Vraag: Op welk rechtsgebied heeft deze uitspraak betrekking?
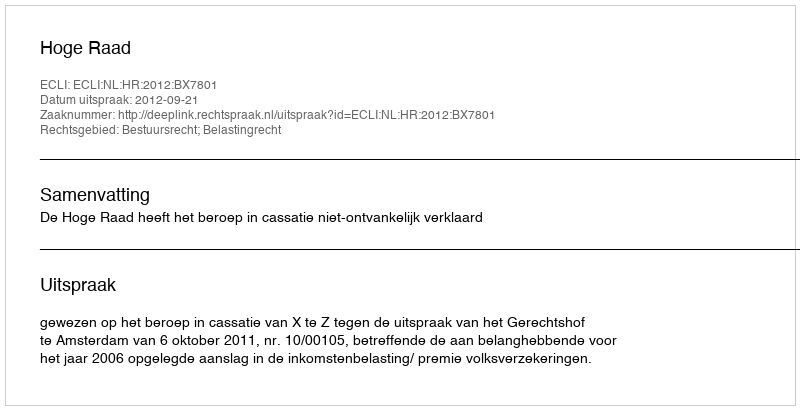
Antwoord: Bestuursrecht; Belastingrecht